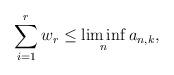
LaTeX: \begin{align*} \sum_{i=1}^r w_r\leq \liminf_{n} a_{n,k} , \end{align*}